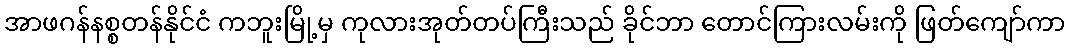
အာဖဂန်နစ္စတန်နိုင်ငံ ကဘူးမြို့မှ ကုလားအုတ်တပ်ကြီးသည် ခိုင်ဘာ တောင်ကြားလမ်းကို ဖြတ်ကျော်ကာ